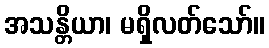
အသန္တိယာ၊ မရှိလတ်သော်။